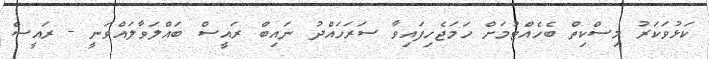
ކަޅުވަކަރު މިސްކިތް ބެހެއްޓުމަށް ހަމަޖެހިފައިވާ ސަރަހައްދު ނައިބް ރައީސް ބައްލަވާލައްވަނީ - ރައީސް